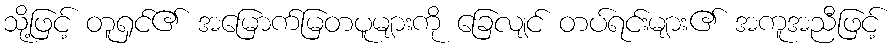
သို့ဖြင့် တူရှင်၏ အမြောက်မြတပူများကို ခြေလျင် တပ်ရင်းများ၏ အကူအညီဖြင့်